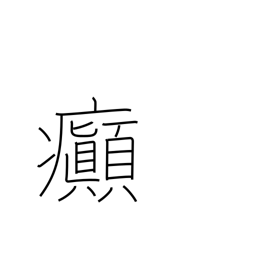
Meaning: insanity